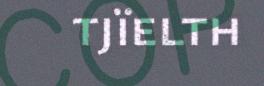
tjïelth